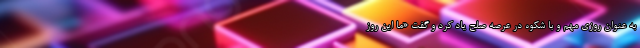
به عنوان روزی مهم و با شکوه در عرصه صلح یاد کرد و گفت «ما این روز